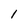
Character: 1